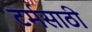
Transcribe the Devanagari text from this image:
टर्मसाठी